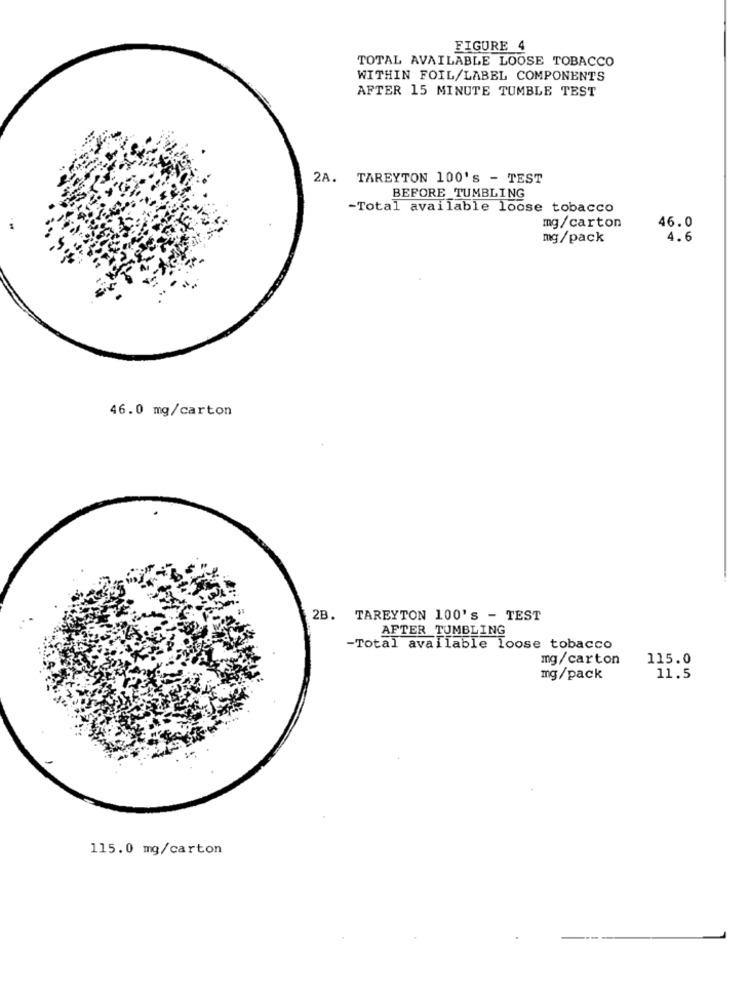
FIGURE 4
TOTAL AVAILABLE LOOSE TOBACCO
WITHIN FOIL/LABEL COMPONENTS
AFTER 15 MINUTE TUMBLE TEST
2A. TAREYTON 100's - TEST
BEFORE TUMBLING
-Total available loose tobacco
mg/carton
46.0
mg/pack
4.6
46.0 mg/carton
2B. TAREYTON 100's - TEST
AFTER TUMBLING
-Total available loose tobacco
mg/carton
115.0
mg/pack
11.5
115.0 mg/carton